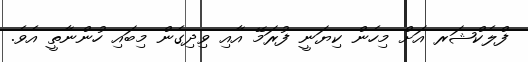
ފްލެކްޝަރ އަށް މިހެން ކިޔަނީ ފުރަމޭ އާއި ވިދިގެން މިބައި ހުންނާތީ އެވެ.